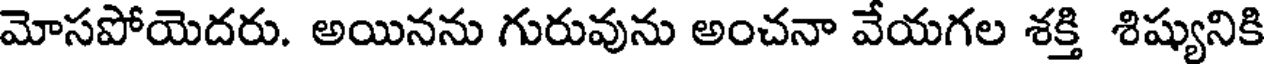
మోసపోయెదరు. అయినను గురువును అంచనా వేయగల శక్తి శిష్యునికి